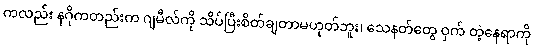
ကလည်း နဂိုကတည်းက ဂျမီလ်ကို သိပ်ပြီးစိတ်ချတာမဟုတ်ဘူး၊ သေနတ်တွေ ဝှက် တဲ့နေရာကို